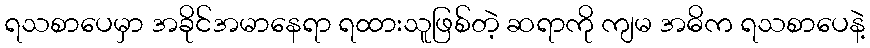
ရသစာပေမှာ အခိုင်အမာနေရာ ရထားသူဖြစ်တဲ့ ဆရာကို ကျမ အဓိက ရသစာပေနဲ့